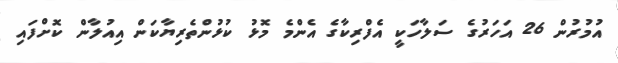
އުމުރުން 26 އަހަރުގެ ސަލާހަކީ އެފްރިކާގެ އެންމެ މޮޅު ކުޅުންތެރިޔާކަން އިއުލާން ކޮށްފައި